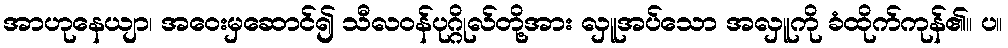
အာဟုနေယျာ၊ အဝေးမှဆောင်၍ သီလဝန်ပုဂ္ဂိုလ်တို့အား လှူအပ်သော အလှူကို ခံထိုက်ကုန်၏။ ပ။